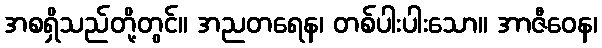
အစရှိသည်တို့တွင်။ အညတရေန၊ တစ်ပါးပါးသော။ အာဇီဝေန၊